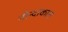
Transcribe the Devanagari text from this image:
नीन्दाकारा